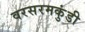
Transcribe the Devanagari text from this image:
वरसरमकुंडी